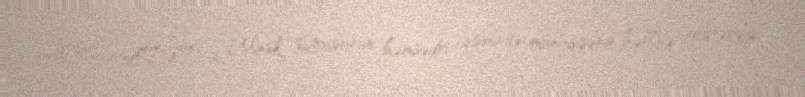
ABŞ-ın ATƏT-in Minsk Qrupunun həmsədri qismində münaqişənin həllinə göstərdiyi